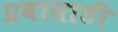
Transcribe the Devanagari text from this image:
प्रवासाठी